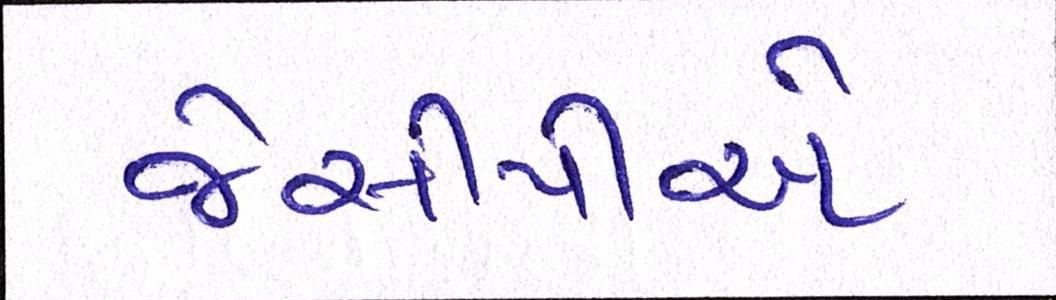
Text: જેસીપીએ